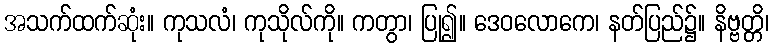
အသက်ထက်ဆုံး။ ကုသလံ၊ ကုသိုလ်ကို။ ကတွာ၊ ပြု၍။ ဒေဝလောကေ၊ နတ်ပြည်၌။ နိဗ္ဗတ္တိ၊